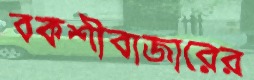
বকশীবাজারের